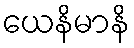
ယေနိမာနိ